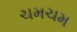
ચમચમ